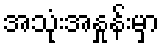
အသုံးအနှုန်းမှာ